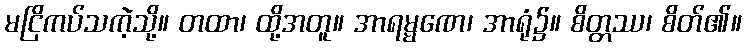
မငြိကပ်သကဲ့သို့။ တထာ၊ ထို့အတူ။ အာရမ္မဏေ၊ အာရုံ၌။ စိတ္တဿ၊ စိတ်၏။